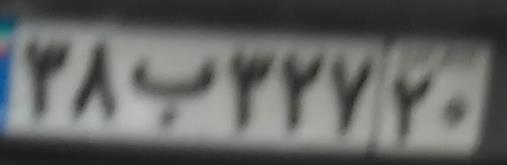
۳۸ب۳۲۷۲۰